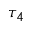
\tau _ { 4 }